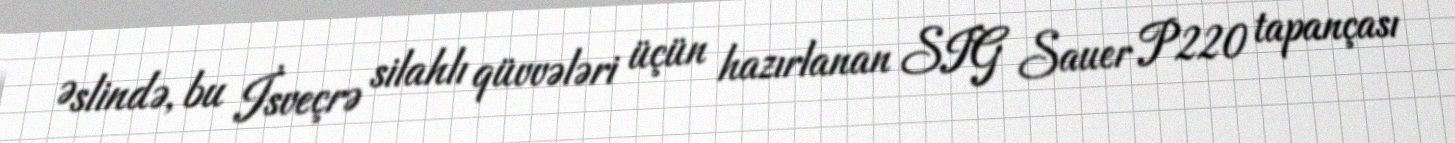
Əslində, bu İsveçrə silahlı qüvvələri üçün hazırlanan SIG Sauer P220 tapançası